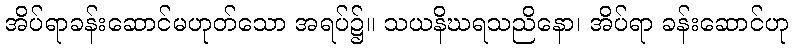
အိပ်ရာခန်းဆောင်မဟုတ်သော အရပ်၌။ သယနိဃရသညိနော၊ အိပ်ရာ ခန်းဆောင်ဟု